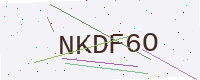
Text: NKDF6O